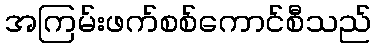
အကြမ်းဖက်စစ်ကောင်စီသည်